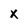
Character: x